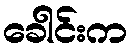
ခေါင်းက